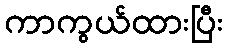
ကာကွယ်ထားပြီး